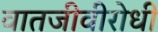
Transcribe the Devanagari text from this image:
वातजीवीरोधी